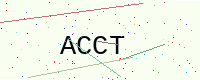
Text: ACCT